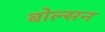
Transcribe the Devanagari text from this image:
बोल्सन